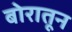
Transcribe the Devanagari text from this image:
बोरातून